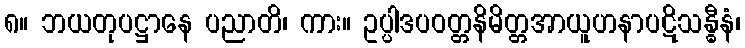
၈။ ဘယတုပဋ္ဌာနေ ပညာတိ၊ ကား။ ဥပ္ပါဒပဝတ္တနိမိတ္တအာယူဟနာပဋိသန္ဓီနံ၊